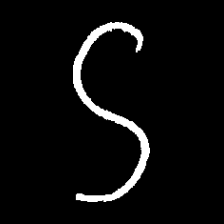
Pyu character \u2014 Myanmar letter: ဌ (romanized: ttha)